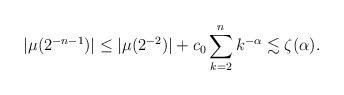
LaTeX: \begin{align*}| \mu (2^{ -n-1})| \le | \mu (2^{ -2})| + c_0 \sum_{k=2}^{n} k^{ -\alpha } \lesssim \zeta (\alpha ) .\end{align*}